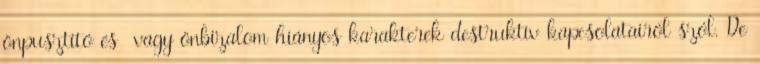
önpusztító és vagy önbizalom hiányos karakterek destruktív kapcsolatairól szól. De